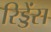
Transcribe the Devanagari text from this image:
रिड्डेंस